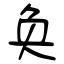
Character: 奂